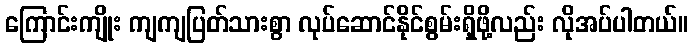
ကြောင်းကျိုး ကျကျပြတ်သားစွာ လုပ်ဆောင်နိုင်စွမ်းရှိဖို့လည်း လိုအပ်ပါတယ်။